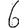
Digit: 6